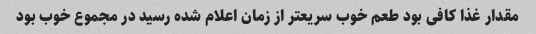
مقدار غذا کافی بود طعم خوب سریعتر از زمان اعلام شده رسید در مجموع خوب بود